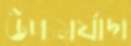
উচ্চমর্যাদা